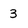
Character: 3